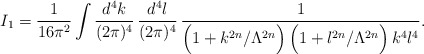
\begin{align*}I_1 = \frac{1}{16\pi^2}\int \frac{d^4k}{(2\pi)^4}\,\frac{d^4l}{(2\pi)^4}\,\frac{1}{\Big(1+k^{2n}/\Lambda^{2n}\Big)\,\Big(1+l^{2n}/\Lambda^{2n}\Big)\,k^4 l^4}.\end{align*}